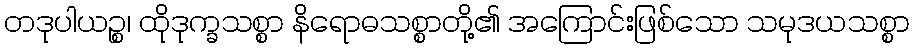
တဒုပါယဉ္စ၊ ထိုဒုက္ခသစ္စာ နိရောဓသစ္စာတို့၏ အကြောင်းဖြစ်သော သမုဒယသစ္စာ